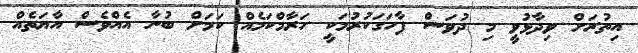
އިތުރަށް ވިދާޅުވީ މި ދުވަސް ފާހަގަކުރުމަކީ ހަރާމްކަމެއް ކަމަށް ބުނާ އެއްވެސް އާޔަތެއް